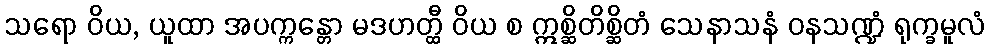
သရော ဝိယ, ယူထာ အပက္ကန္တော မဒဟတ္ထီ ဝိယ စ ဣစ္ဆိတိစ္ဆိတံ သေနာသနံ ဝနသဏ္ဍံ ရုက္ခမူလံ